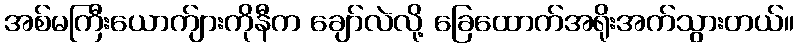
အစ်မကြီးယောက်ျားကိုနီက ချော်လဲလို့ ခြေထောက်အရိုးအက်သွားတယ်။